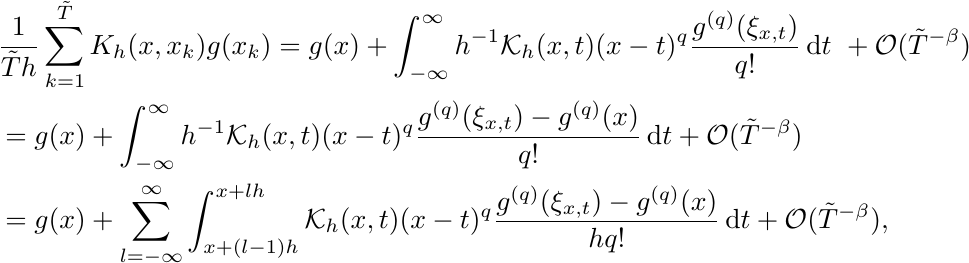
		\begin{align*}
		&\frac{1}{\tilde{T}h} \sum_{k=1}^{\tilde{T}} K_h(x,x_k)g(x_k)=g(x) + \int_{-\infty}^\infty h^{-1}\mathcal{K}_h(x,t) {(x-t)^{q} \frac{g^{(q)}(\xi_{x,t})}{q!}}\, \mbox{d}t\ +\mathcal{O}(\tilde{T}^{-\beta})\\
		&= g(x) +  \int_{-\infty}^\infty h^{-1}\mathcal{K}_h(x,t) {(x-t)^{q} \frac{g^{(q)}(\xi_{x,t}) - g^{(q)}(x)}{q!}}\, \mbox{d}t  + \mathcal{O}(\tilde{T}^{-\beta})\\
		&= g(x) + \sum_{l=-\infty}^\infty \int_{x+(l-1)h}^{x+lh} \mathcal{K}_h(x, t)(x-t) ^{q} \frac{g^{(q)}(\xi_{x,t})-g^{(q)}(x)}{hq!}\, \mbox{d}t+ \mathcal{O}(\tilde{T}^{-\beta}),
		\end{align*}